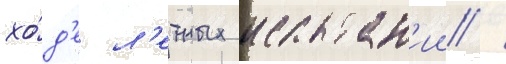
хо́д'е л'етных испытан'ии /